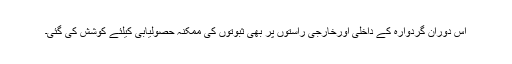
اس دوران گردوارہ کے داخلی اورخارجی راستوں پر بھی ثبوتوں کی ممکنہ حصولیابی کیلئے کوشش کی گئی۔